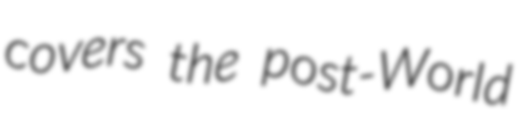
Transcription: covers the post-World